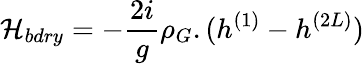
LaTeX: {\cal H}_{bdry}=-\frac{2i}{g}\rho_{G}.(h^{(1)}-h^{(2L)})